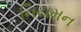
નિયમન